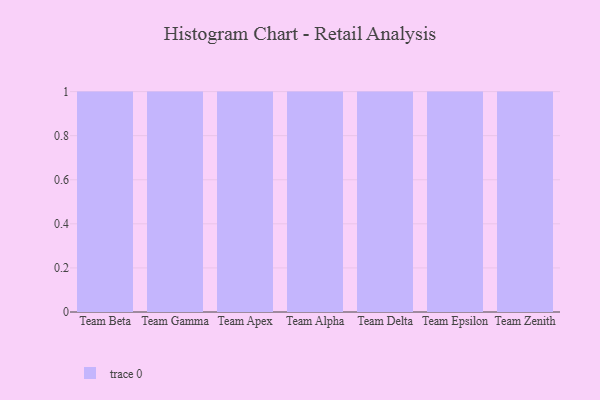
{"axis": {"x": "Team", "y": "Net Income (USD K)"}, "legend": [""], "data": [{"x": "Team Beta", "y": 73, "type": ""}, {"x": "Team Gamma", "y": 2, "type": ""}, {"x": "Team Apex", "y": 64, "type": ""}, {"x": "Team Alpha", "y": 89, "type": ""}, {"x": "Team Delta", "y": 93, "type": ""}, {"x": "Team Epsilon", "y": 15, "type": ""}, {"x": "Team Zenith", "y": 5, "type": ""}]}